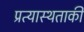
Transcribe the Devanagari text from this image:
प्रत्यास्थताकी